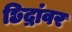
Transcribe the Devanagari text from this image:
छिद्रांवर